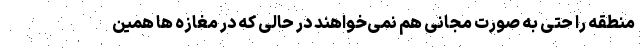
منطقه را حتی به صورت مجانی هم نمی‌خواهند در حالی که در مغازه ها همین